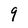
Character: 9